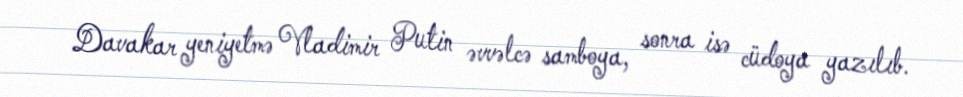
Davakar yeniyetmə Vladimir Putin əvvəlcə samboya, sonra isə cüdoya yazılıb.